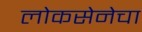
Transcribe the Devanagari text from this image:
लोकसेनेचा